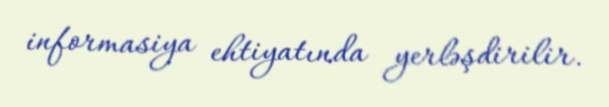
informasiya ehtiyatında yerləşdirilir.